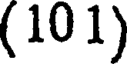
(101)